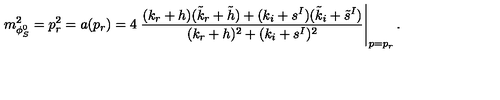
m _ { \phi _ { S } ^ { 0 } } ^ { 2 } = p _ { r } ^ { 2 } = a ( p _ { r } ) = 4 \left. \frac { ( k _ { r } + h ) ( \tilde { k } _ { r } + \tilde { h } ) + ( k _ { i } + s ^ { I } ) ( \tilde { k } _ { i } + \tilde { s } ^ { I } ) } { ( k _ { r } + h ) ^ { 2 } + ( k _ { i } + s ^ { I } ) ^ { 2 } } \right| _ { p = p _ { r } } .